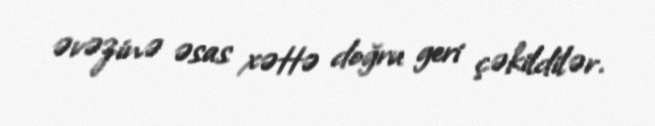
əvəzinə əsas xəttə doğru geri çəkildilər.